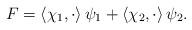
LaTeX: \begin{align*}F = \left\langle \chi_1, \cdot \right\rangle \psi_1 +\left\langle \chi_2, \cdot \right\rangle \psi_2.\end{align*}